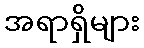
အရာရှိများ